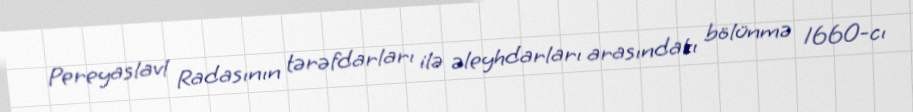
Pereyaslavl Radasının tərəfdarları ilə əleyhdarları arasındakı bölünmə 1660-cı